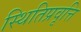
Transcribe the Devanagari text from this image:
स्थितिप्रवृत्ति